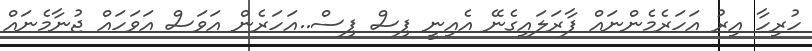
ހުރިހާ އިރު އަހަރެމެންނައް ފާރަލައިގެނޭ އެއިނީ ޕިސް ޕިސް..އަހަރެން އަވަސް އަވަހައް ޖުނާމެނައް